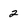
Character: 2